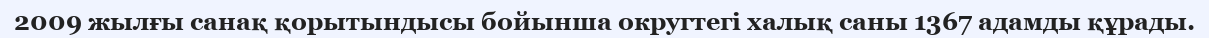
2009 жылғы санақ қорытындысы бойынша округтегі халық саны 1367 адамды құрады.